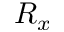
R _ { x }